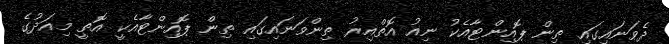
ދެވަނައިގައި ތިން ޕޮއިންޓާއެކު ނިއު އޮތްއިރު ތިންވަނައިގައި ތިން ޕޮއިންޓާއެކީ އޮތީ މިއަދުގެ